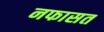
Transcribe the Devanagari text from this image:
नफासत